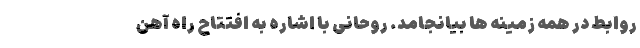
روابط در همه زمینه ها بیانجامد. روحانی با اشاره به افتتاح راه آهن